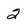
Character: 2